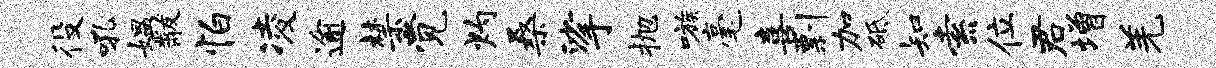
役吼媪黻怕凌逾禁觉灼桑挲抛嗾毫喜剽加砥知索位君增羌